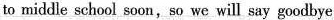
to middle school soon,so we will say goodbye